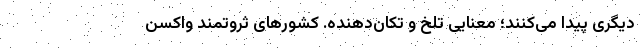
دیگری پیدا می‌کنند؛ معنایی تلخ و تکان‌دهنده. کشورهای ثروتمند واکسن